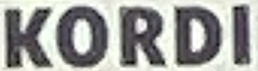
KORDI